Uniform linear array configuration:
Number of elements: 32
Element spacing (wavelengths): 0.5
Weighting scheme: binomial
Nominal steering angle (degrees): -15
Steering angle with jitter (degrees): -15.822
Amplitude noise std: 0.05
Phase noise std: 0.05

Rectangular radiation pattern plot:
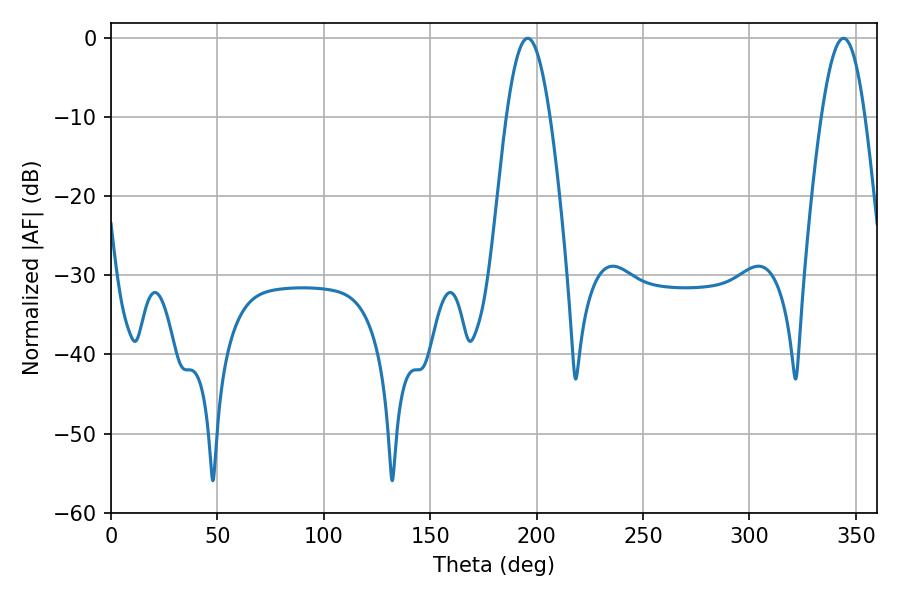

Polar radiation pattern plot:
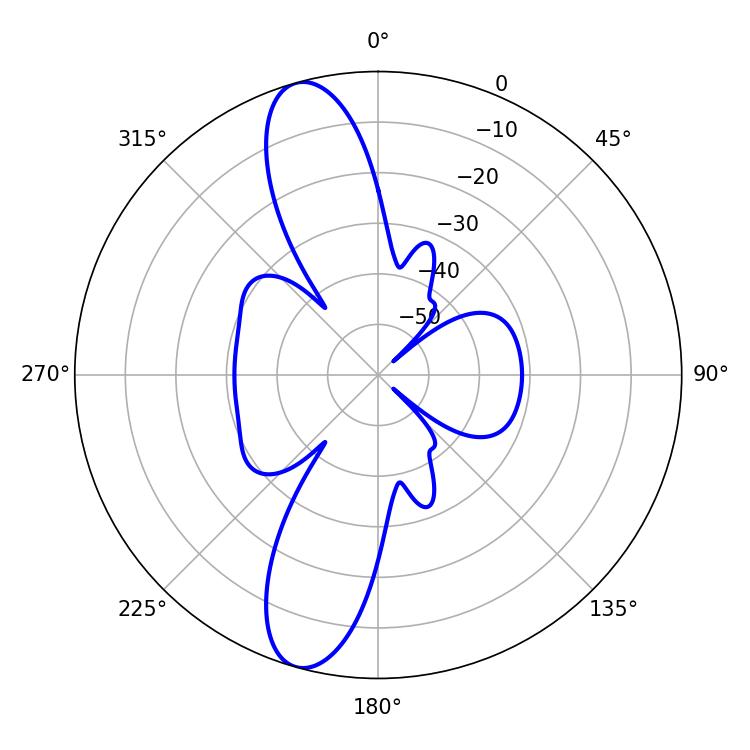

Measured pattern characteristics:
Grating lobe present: FALSE
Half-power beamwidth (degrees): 11.16
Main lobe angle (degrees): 195.84